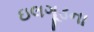
ઇલગૂડના